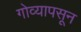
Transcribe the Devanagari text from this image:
गोव्यापसून